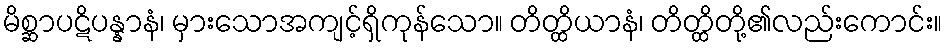
မိစ္ဆာပဋိပန္နာနံ၊ မှားသောအကျင့်ရှိကုန်သော။ တိတ္ထိယာနံ၊ တိတ္ထိတို့၏လည်းကောင်း။